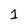
Character: 1